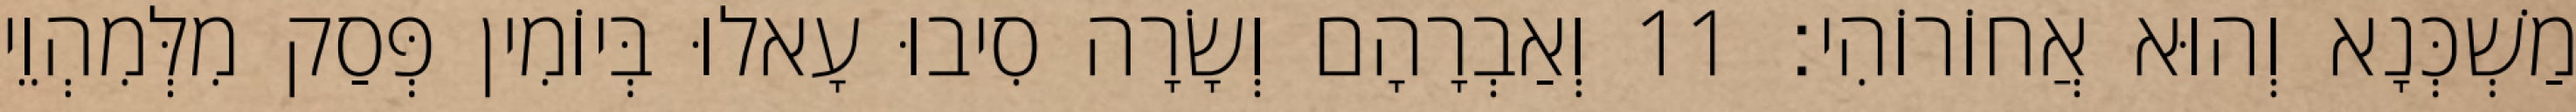
מַשְׁכְּנָא וְהוּא אֲחוֹרוֹהִי׃ 11 וְאַבְרָהָם וְשָׂרָה סִיבוּ עָאלוּ בְּיוֹמִין פְּסַק מִלְּמִהְוֵי